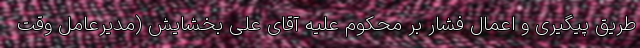
طریق پیگیری و اعمال فشار بر محکوم علیه آقای علی بخشایش (مدیرعامل وقت